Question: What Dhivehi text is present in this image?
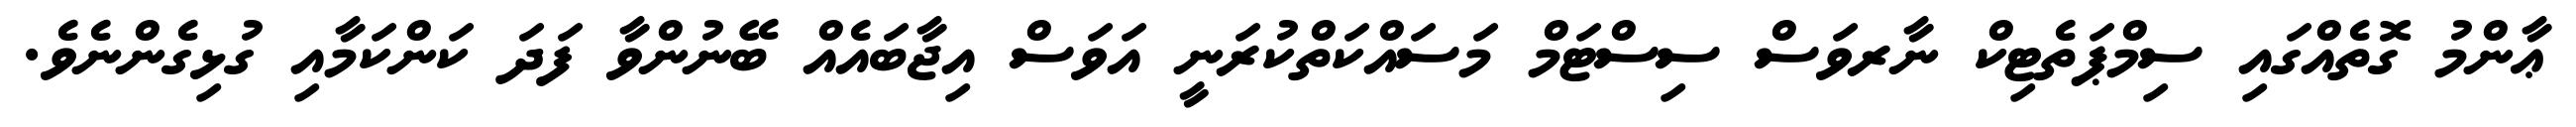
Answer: ޢާންމު ގޮތެއްގައި ސިމްޕަތެޓިކް ނާރވަސް ސިސްޓަމް މަސައްކަތްކުރަނީ އަވަސް އިޖާބައެއް ބޭނުންވާ ފަދަ ކަންކަމާއި ގުޅިގެންނެވެ.